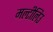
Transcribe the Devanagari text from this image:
मल्टीलिउ